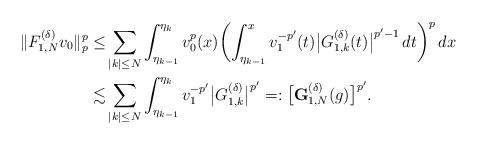
LaTeX: \begin{align*}\|{F}^{(\delta)}_{1,N}v_0\|_p^p\le&\sum_{|k|\le N}\int_{\eta_{k-1}}^{\eta_k} v_0^{p}(x)\biggl(\int_{\eta_{k-1}}^x v_1^{-p'}(t)\bigl|G^{(\delta)}_{1,k}(t)\bigr|^{p'-1}\,dt\biggr)^p\,dx\\\lesssim&\sum_{|k|\le N}\int_{\eta_{k-1}}^{\eta_k}v_1^{-p'}\bigl|G_{1,k}^{(\delta)}\bigr|^{p'}=:\bigl[\mathbf{G}^{(\delta)}_{1,N}(g)\bigr]^{p'}.\end{align*}